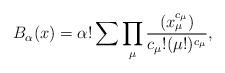
LaTeX: \begin{align*} B_{\alpha}(x)= \alpha! \sum \prod_{\mu}\frac{(x_{\mu}^{c_{\mu}})}{c_{\mu}! (\mu!)^{c_{\mu}}}, \end{align*}